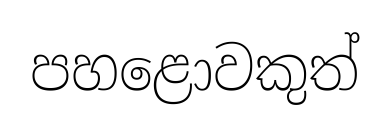
පහළොවකුත්